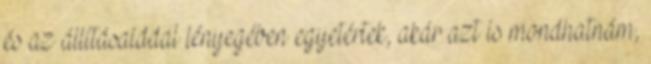
és az állításaiddal lényegében egyetértek, akár azt is mondhatnám,